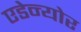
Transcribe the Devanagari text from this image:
एडेन्योर